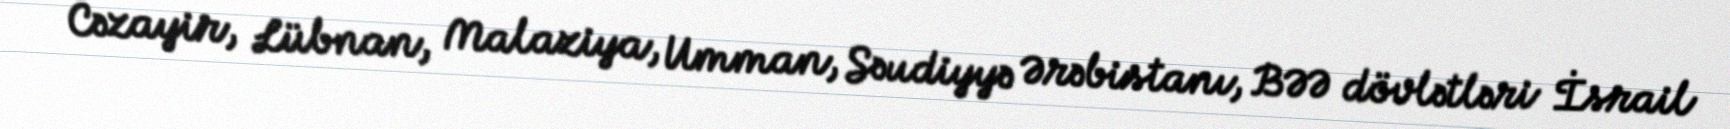
Cəzayir, Lübnan, Malaziya, Umman, Səudiyyə Ərəbistanı, BƏƏ dövlətləri İsrail